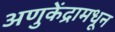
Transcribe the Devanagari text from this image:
अणुकेंद्रामधून